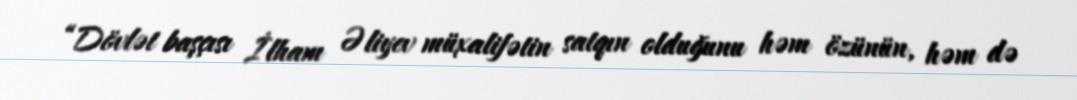
“Dövlət başçısı İlham Əliyev müxalifətin satqın olduğunu həm özünün, həm də